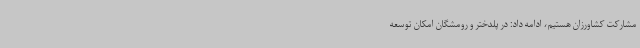
مشارکت کشاورزان هستیم، ادامه داد: در پلدختر و رومشگان امکان توسعه